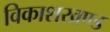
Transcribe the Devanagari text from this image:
विकाशखण्ड